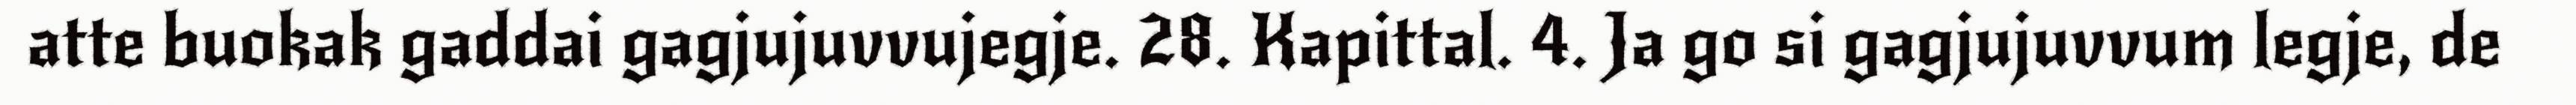
atte buokak gaddai gagjujuvvujegje. 28. Kapittal. 4. Ja go si gagjujuvvum legje, de